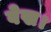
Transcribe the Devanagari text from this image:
वेख।